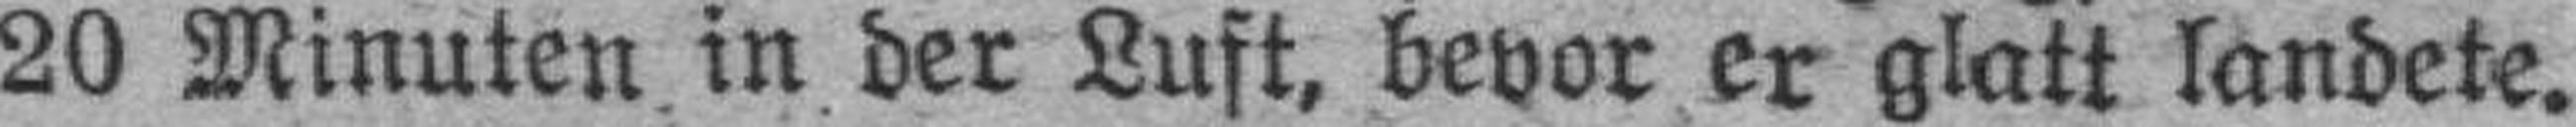
20 Minuten in der Luft, bevor er glatt landete.